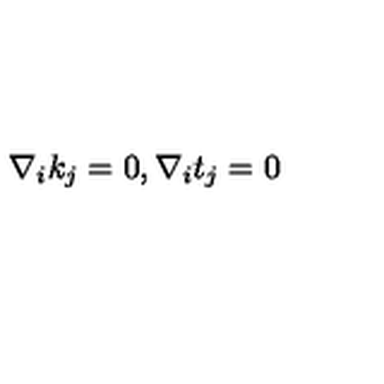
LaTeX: \nabla _ { i } k _ { j } = 0 , \nabla _ { i } t _ { j } = 0